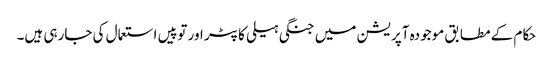
حکام کے مطابق موجودہ آپریشن میں جنگی ہیلی کاپٹر اور توپیں استعمال کی جارہی ہیں۔